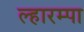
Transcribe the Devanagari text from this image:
ल्हारम्पा